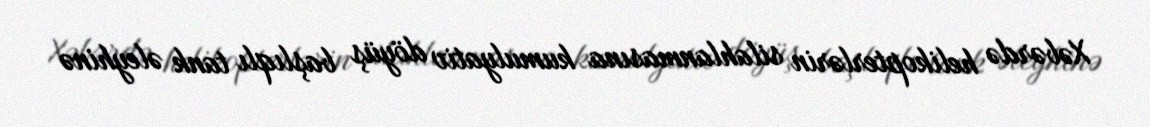
Xəbərdə helikopterlərin silahlanmasına kumulyativ döyüş başlıqlı tank əleyhinə